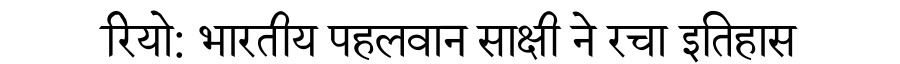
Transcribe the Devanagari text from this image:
रियो: भारतीय पहलवान साक्षी ने रचा इतिहास